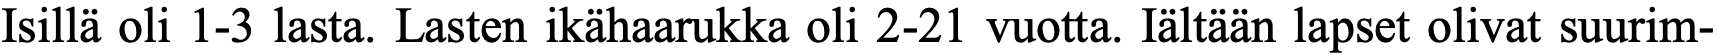
Isillä oli 1-3 lasta. Lasten ikähaarukka oli 2-21 vuotta. Iältään lapset olivat suurim-